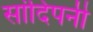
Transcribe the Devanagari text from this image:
सांदिपनी